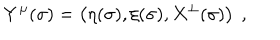
LaTeX: Y ^ { \mu } ( \sigma ) = \left( \eta ( \sigma ) , \xi ( \sigma ) , X ^ { \bot } ( \sigma ) \right) \ ,